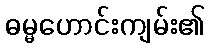
ဓမ္မဟောင်းကျမ်း၏